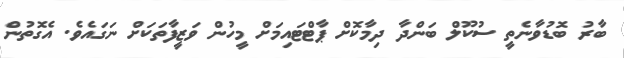
ބާރު ބޮޑުވާނެތީ ސުކޫލް ބަންދާ ދިމާކޮށް ޕާޓްޓައިމަށް މީހުން ވަޒީފާތަކަށް ނަގައެވެ. އެގޮތުން